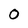
Character: 0